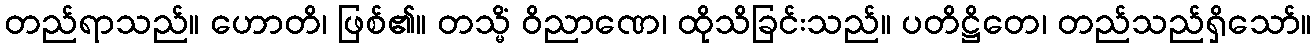
တည်ရာသည်။ ဟောတိ၊ ဖြစ်၏။ တသ္မိံ ဝိညာဏေ၊ ထိုသိခြင်းသည်။ ပတိဋ္ဌိတေ၊ တည်သည်ရှိသော်။